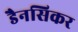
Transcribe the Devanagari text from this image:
डैनसिकर